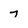
Character: 7